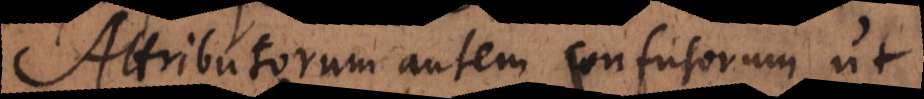
Attributorum autem confusorum, ut